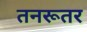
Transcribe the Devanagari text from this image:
तनरूतर